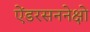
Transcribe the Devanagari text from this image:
ऐंडरसननेक्षो